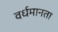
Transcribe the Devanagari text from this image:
वर्धमानता